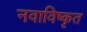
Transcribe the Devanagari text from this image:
नवाविष्कृत